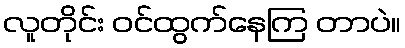
လူတိုင်း ဝင်ထွက်နေကြ တာပဲ။